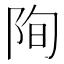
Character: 𮥄